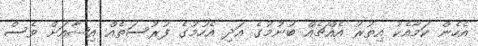
އެހެން ކަމާއެކު އިތުރު އެއްޗެއް ބުނުމުގެ އަދި އެހުމުގެ ފުރުސަތެއް އިޝާއަށް ވެސް